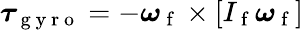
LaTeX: \boldsymbol{\tau}_{\mathrm{~g~y~r~o~}}=-\boldsymbol{\omega}_{\mathrm{~f~}}\times[I_{\mathrm{~f~}}\boldsymbol{\omega}_{\mathrm{~f~}}]